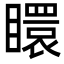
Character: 䁵